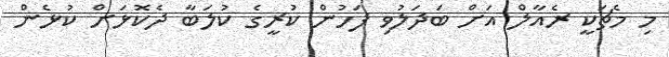
މި މެޗަކީ ރެއާލް އަށް ބަދަލުވި ފަހުން ކުރީގެ ކުލަބާ ދެކޮޅަށް ކުޅެން